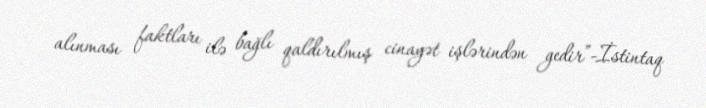
alınması faktları ilə bağlı qaldırılmış cinayət işlərindən gedir”-İstintaq